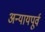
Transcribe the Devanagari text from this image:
अन्यायपूर्व